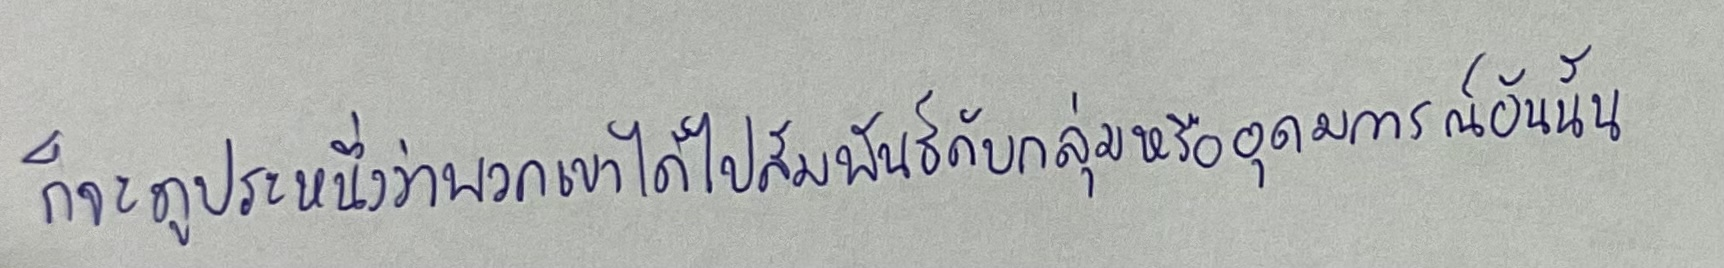
ก็จะดูประหนึ่งว่าพวกเขาได้ไปสัมพันธ์กับกลุ่มหรืออุดมการณ์อันนั้น